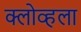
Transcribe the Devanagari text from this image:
क्लोव्हला